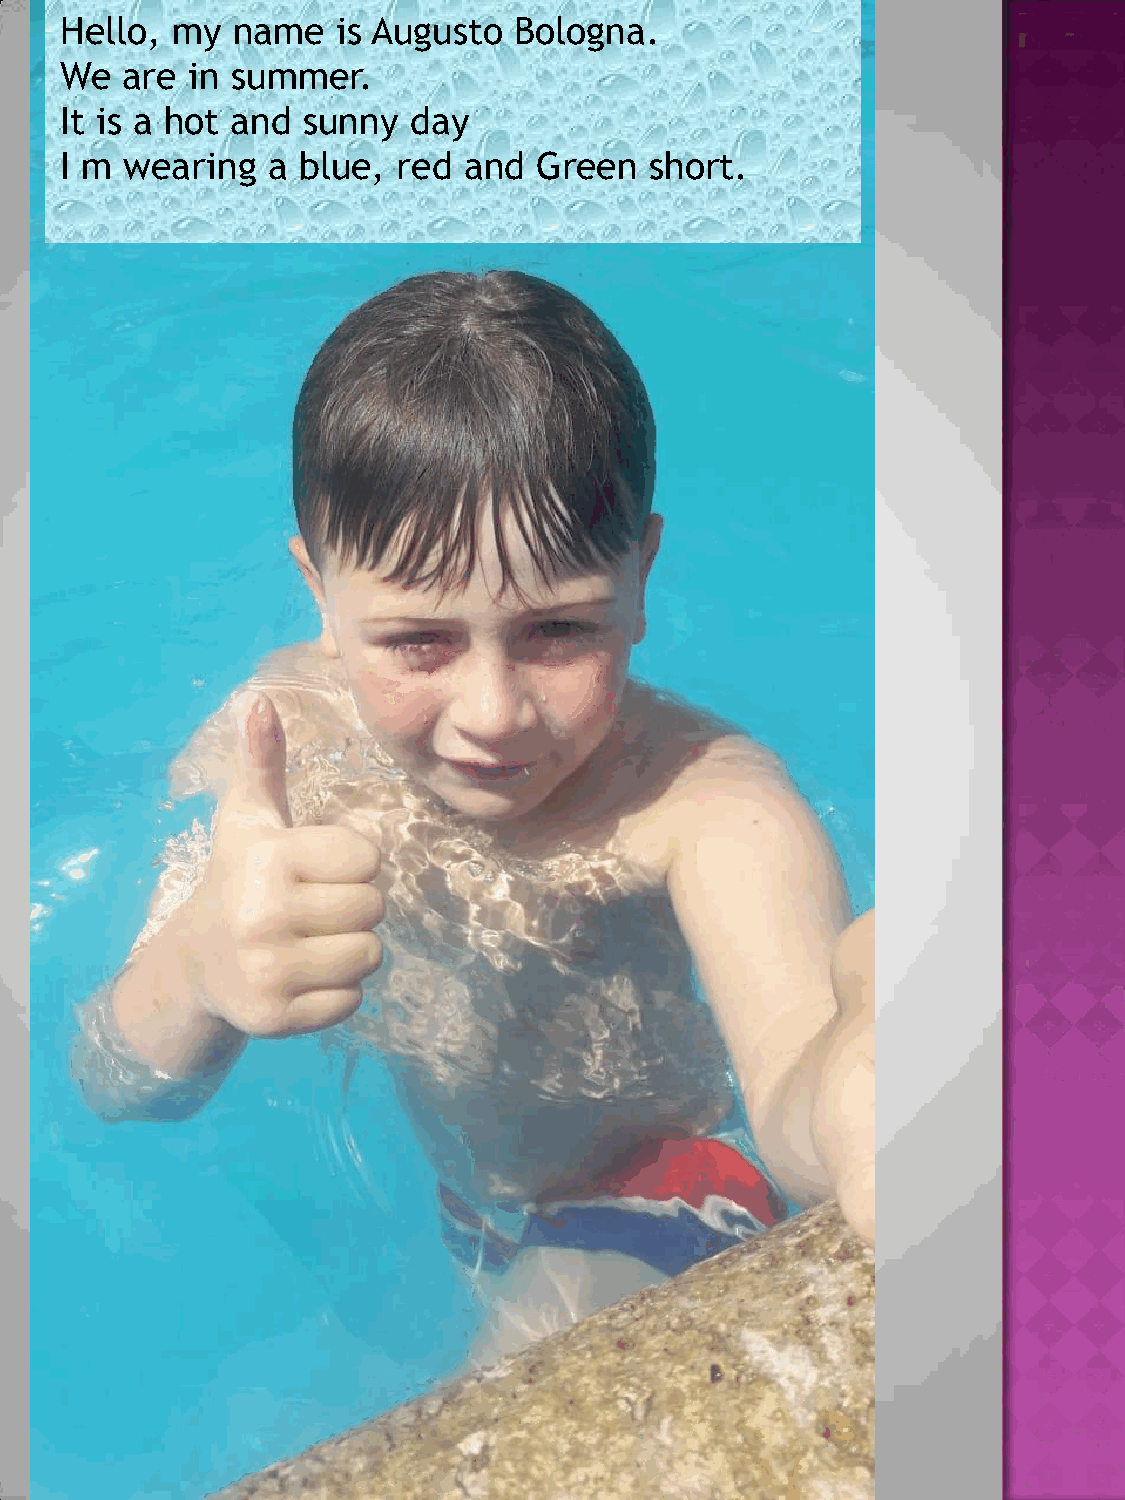
Hello, my  name   is Augusto  Bologna.
 We  are in summer.
 It is a hot and sunny  day
 I m wearing   a blue, red  and  Green  short.